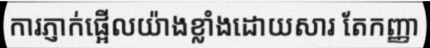
ការភ្ញាក់ផ្អើលយ៉ាងខ្លាំងដោយសារ តែកញ្ញា